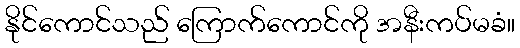
နိုင်ကောင်သည် ကြောက်ကောင်ကို အနီးကပ်မခံ။